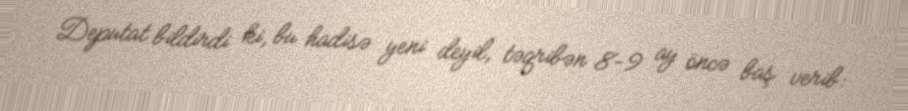
Deputat bildirdi ki, bu hadisə yeni deyil, təqribən 8-9 ay öncə baş verib: